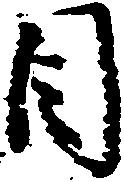
目